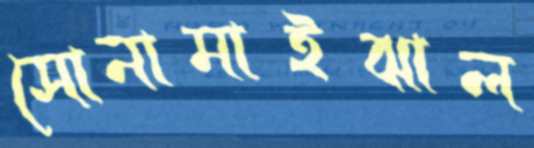
সোনামাইঝাল